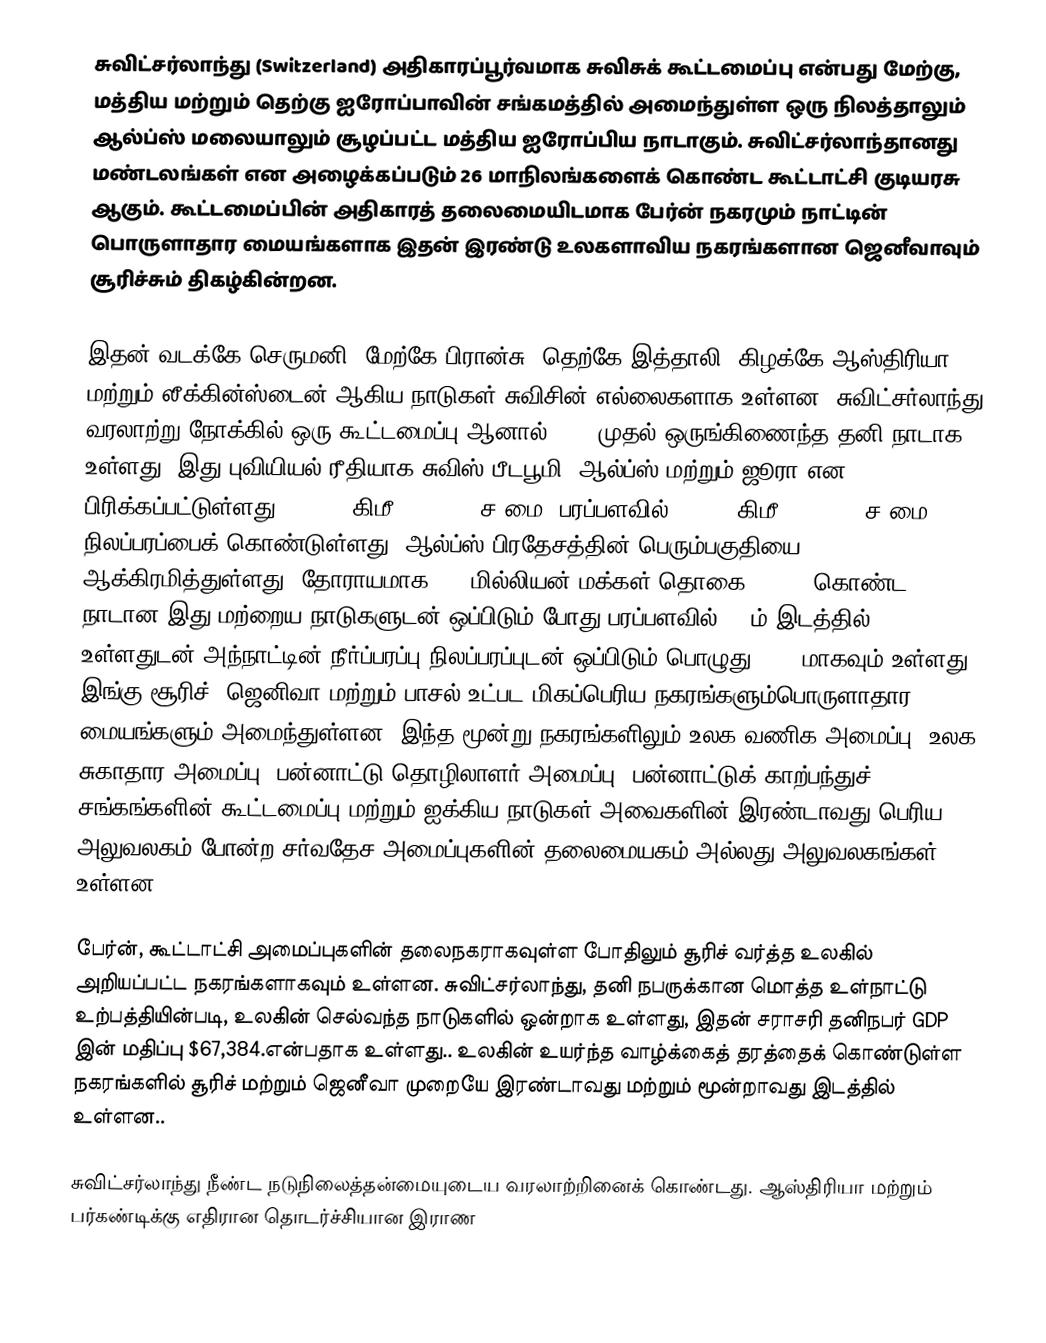
சுவிட்சர்லாந்து (Switzerland) அதிகாரப்பூர்வமாக சுவிசுக் கூட்டமைப்பு என்பது மேற்கு, மத்திய மற்றும் தெற்கு ஐரோப்பாவின் சங்கமத்தில் அமைந்துள்ள ஒரு நிலத்தாலும் ஆல்ப்ஸ் மலையாலும் சூழப்பட்ட மத்திய ஐரோப்பிய நாடாகும். சுவிட்சர்லாந்தானது மண்டலங்கள் என அழைக்கப்படும் 26 மாநிலங்களைக் கொண்ட கூட்டாட்சி குடியரசு ஆகும். கூட்டமைப்பின் அதிகாரத் தலைமையிடமாக பேர்ன் நகரமும் நாட்டின் பொருளாதார மையங்களாக இதன் இரண்டு உலகளாவிய நகரங்களான ஜெனீவாவும் சூரிச்சும் திகழ்கின்றன.

இதன் வடக்கே செருமனி, மேற்கே பிரான்சு, தெற்கே இத்தாலி, கிழக்கே ஆஸ்திரியா மற்றும் லீக்கின்ஸ்டைன் ஆகிய நாடுகள் சுவிசின் எல்லைகளாக உள்ளன. சுவிட்சர்லாந்து வரலாற்று நோக்கில் ஒரு கூட்டமைப்பு ஆனால் 1848 முதல் ஒருங்கிணைந்த தனி நாடாக உள்ளது. இது புவியியல் ரீதியாக சுவிஸ் பீடபூமி, ஆல்ப்ஸ் மற்றும் ஜூரா என பிரிக்கப்பட்டுள்ளது. 41,285 கிமீ2 (15,940 ச.மை) பரப்பளவில் 39,997 கிமீ2 (15,443 ச.மை) நிலப்பரப்பைக் கொண்டுள்ளது. ஆல்ப்ஸ் பிரதேசத்தின் பெரும்பகுதியை ஆக்கிரமித்துள்ளது. தோராயமாக 8.7 மில்லியன் மக்கள் தொகை (2009) கொண்ட நாடான இது மற்றைய நாடுகளுடன் ஒப்பிடும் போது பரப்பளவில் 136ம் இடத்தில் உள்ளதுடன் அந்நாட்டின் நீர்ப்பரப்பு நிலப்பரப்புடன் ஒப்பிடும் பொழுது 4.2% மாகவும் உள்ளது. இங்கு சூரிச், ஜெனிவா மற்றும் பாசல் உட்பட மிகப்பெரிய நகரங்களும்பொருளாதார மையங்களும் அமைந்துள்ளன. இந்த மூன்று நகரங்களிலும் உலக வணிக அமைப்பு, உலக சுகாதார அமைப்பு, பன்னாட்டு தொழிலாளர் அமைப்பு, பன்னாட்டுக் காற்பந்துச் சங்கங்களின் கூட்டமைப்பு மற்றும் ஐக்கிய நாடுகள் அவைகளின் இரண்டாவது பெரிய அலுவலகம் போன்ற சர்வதேச அமைப்புகளின் தலைமையகம் அல்லது அலுவலகங்கள் உள்ளன.

பேர்ன், கூட்டாட்சி அமைப்புகளின் தலைநகராகவுள்ள போதிலும் சூரிச் வர்த்த உலகில் அறியப்பட்ட நகரங்களாகவும் உள்ளன. சுவிட்சர்லாந்து, தனி நபருக்கான மொத்த உள்நாட்டு உற்பத்தியின்படி, உலகின் செல்வந்த நாடுகளில் ஒன்றாக உள்ளது, இதன் சராசரி தனிநபர் GDP இன் மதிப்பு $67,384.என்பதாக உள்ளது.. உலகின் உயர்ந்த வாழ்க்கைத் தரத்தைக் கொண்டுள்ள நகரங்களில் சூரிச் மற்றும் ஜெனீவா முறையே இரண்டாவது மற்றும் மூன்றாவது இடத்தில் உள்ளன..

சுவிட்சர்லாந்து நீண்ட நடுநிலைத்தன்மையுடைய வரலாற்றினைக் கொண்டது. ஆஸ்திரியா மற்றும் பர்கண்டிக்கு எதிரான தொடர்ச்சியான இராண